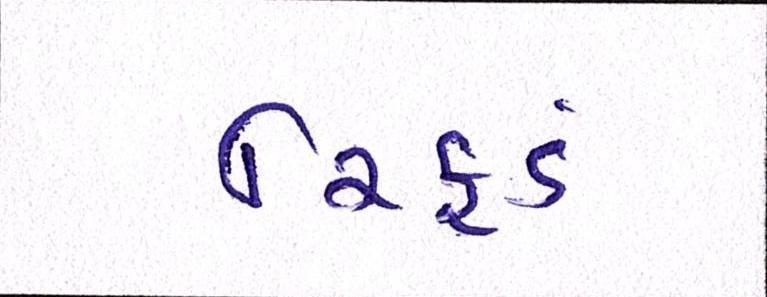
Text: રિફડં